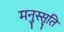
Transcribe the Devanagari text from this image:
मनुस्सृति